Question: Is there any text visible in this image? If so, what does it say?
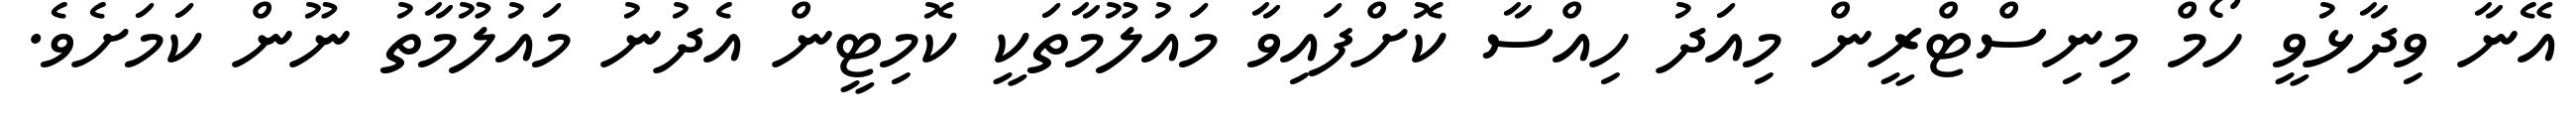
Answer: އޭނާ ވިދާޅުވީ ހޯމް މިނިސްޓްރީން މިއަދު ހިއްސާ ކޮށްފައިވާ މައުލޫމާތަކީ ކޮމިޓީން އެދުނު މައުލޫމާތު ނޫން ކަމަށެވެ.